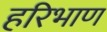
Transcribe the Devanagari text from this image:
हरिभाण